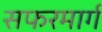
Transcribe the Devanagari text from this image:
सफरमार्ग